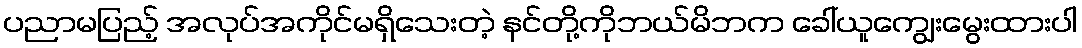
ပညာမပြည့် အလုပ်အကိုင်မရှိသေးတဲ့ နင်တို့ကိုဘယ်မိဘက ခေါ်ယူကျွေးမွေးထားပါ